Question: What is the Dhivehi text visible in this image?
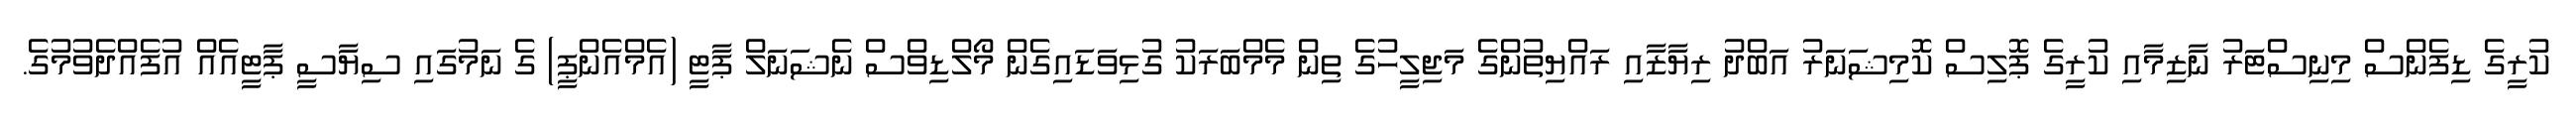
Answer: ކުރީގެ ޑިފެންސް މިނިސްޓަރު ނާޒިމާއި ކުރީގެ ޕޮލިސް ކޮމިޝަނަރު އަބްދު ރިޔާޒާއި ރައްޔިތުންގެ މަޖިލީހުގެ ތިން މެމްބަރަކު ގުޅިވަޑައިގެން މޯލްޑިވްސް ނެޝަނަލް ޕާޓީ (އެމްއެންޕީ) ގެ ނަމުގައި ސިޔާސީ ޕާޓީއެއް އުފެއްދެވުމުގެ.